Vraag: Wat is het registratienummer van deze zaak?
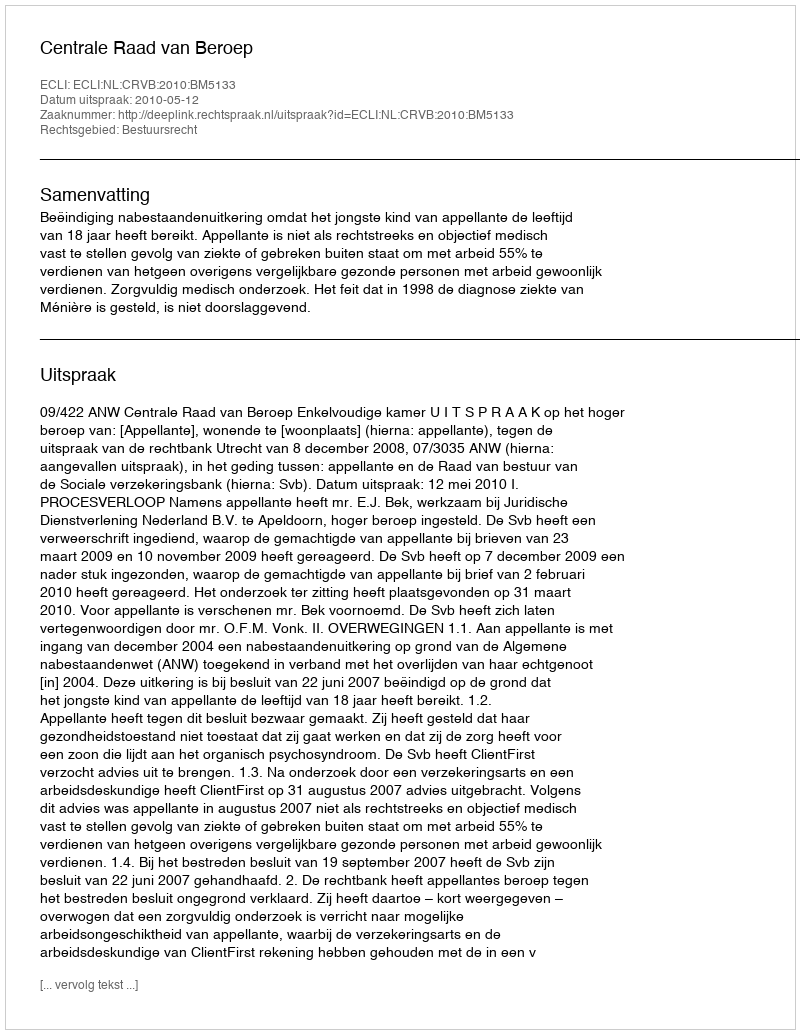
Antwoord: http://deeplink.rechtspraak.nl/uitspraak?id=ECLI:NL:CRVB:2010:BM5133